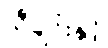
သီချင်းနှင့်